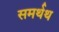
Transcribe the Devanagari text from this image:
समर्थथ